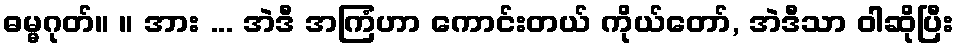
ဓမ္မဂုတ်။ ။ အား ... အဲဒီ အကြံဟာ ကောင်းတယ် ကိုယ်တော်, အဲဒီသာ ဝါဆိုပြီး